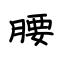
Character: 腰